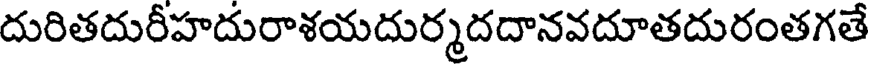
దురితదురీహదురాశయదుర్మదదానవదూతదురంతగతే